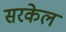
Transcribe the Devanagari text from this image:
सरकेल